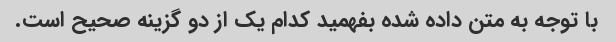
با توجه به متن داده شده بفهمید کدام یک از دو گزینه صحیح است.